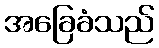
အခြေခံသည်